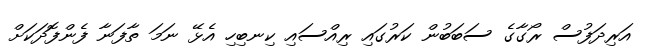
އަރިދަފުސް ރޯގާގެ ސަބަބުން ކަރުގައި ރިއްސައި ކިނބިހި އެޅޭ ނަމަ ތާފަނާ ފެންފޮދަކަށް